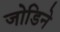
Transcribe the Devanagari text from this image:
जोडिने